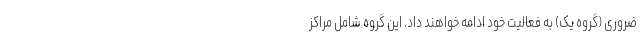
ضروری (گروه یک) به فعالیت خود ادامه خواهند داد. این گروه شامل مراکز